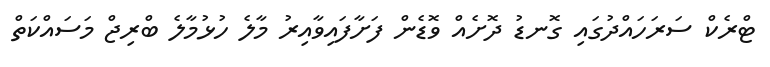
ޓްރެކް ސަރަހައްދުގައި ގޮނޑު ދޮށެއް ވޮޑެން ފަށާފައިވާއިރު މާލެ ހުޅުމާލެ ބްރިޖް މަސައްކަތް